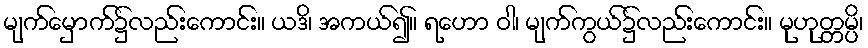
မျက်မှောက်၌လည်းကောင်း။ ယဒိ၊ အကယ်၍။ ရဟော ဝါ၊ မျက်ကွယ်၌လည်းကောင်း။ မုဟုတ္တမ္ပိ၊